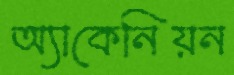
অ্যাকেনিয়ন